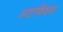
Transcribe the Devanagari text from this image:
सराफियन